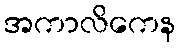
အကာလိကေန